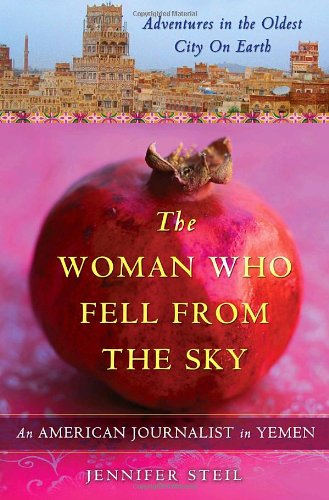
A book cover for The Woman Who Fell from the Sky: An American Journalist in Yemen; Jennifer Steil; Travel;